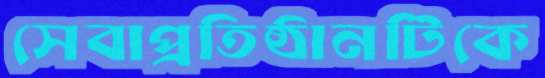
সেবাপ্রতিষ্ঠানটিকে